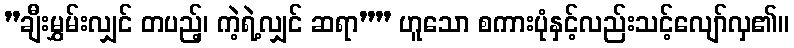
”ချီးမွှမ်းလျှင် တပည့်၊ ကဲ့ရဲ့လျှင် ဆရာ”” ဟူသော စကားပုံနှင့်လည်းသင့်လျော်လှ၏။